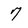
Character: 7